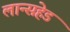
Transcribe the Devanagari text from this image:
लान्सहेड